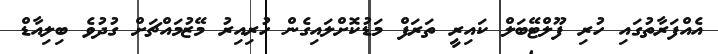
އެއްފަރާތުގައި ހުރި ފޫލްޓޭބަލް ކައިރީ ތަރަފް މަޑުކޮށްލައިގެން ހުރިއިރު މޭޒުމައްޗަށް ގުދުވެ ބިލިއާޑް